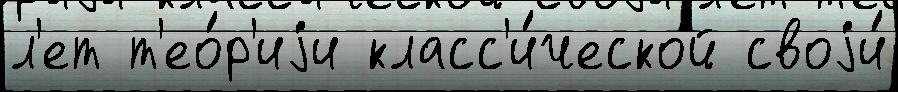
л'ет т'ео́р'иjи класс'и́ческой своjи́